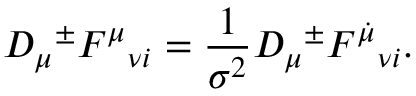
D _ { \mu } { } ^ { \pm } { \cal F } ^ { \mu } { } _ { \nu i } = \frac { 1 } { \sigma ^ { 2 } } { \cal D } _ { \mu } { } ^ { \pm } { \cal F } ^ { \dot { \mu } } { } _ { \nu i } .